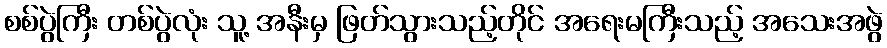
စစ်ပွဲကြီး တစ်ပွဲလုံး သူ့ အနီးမှ ဖြတ်သွားသည့်တိုင် အရေးမကြီးသည့် အသေးအဖွဲ